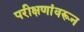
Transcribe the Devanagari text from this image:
परीक्षणांवरून